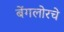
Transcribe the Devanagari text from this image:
बेंगलोरचे